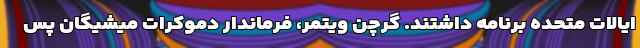
ایالات متحده برنامه داشتند. گرچن ویتمر، فرماندار دموکرات میشیگان پس